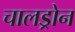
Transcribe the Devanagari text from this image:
चालड्रोन